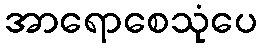
အာရောစေသုံပေ